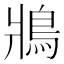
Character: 𩿄